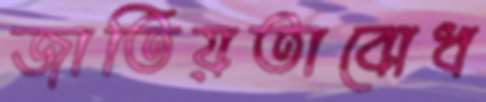
জাতিয়তাবোধ